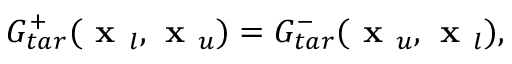
G _ { t a r } ^ { + } ( \textbf { x } _ { l } , \textbf { x } _ { u } ) = G _ { t a r } ^ { - } ( \textbf { x } _ { u } , \textbf { x } _ { l } ) ,